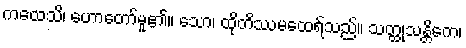
ကထေသိ၊ ဟောတော်မူ၏။ သော၊ ထိုတိဿမထေရ်သည်။ သတ္ထုသန္တိကေ၊